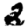
Digit: 2